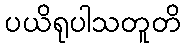
ပယိရုပါသတူတိ